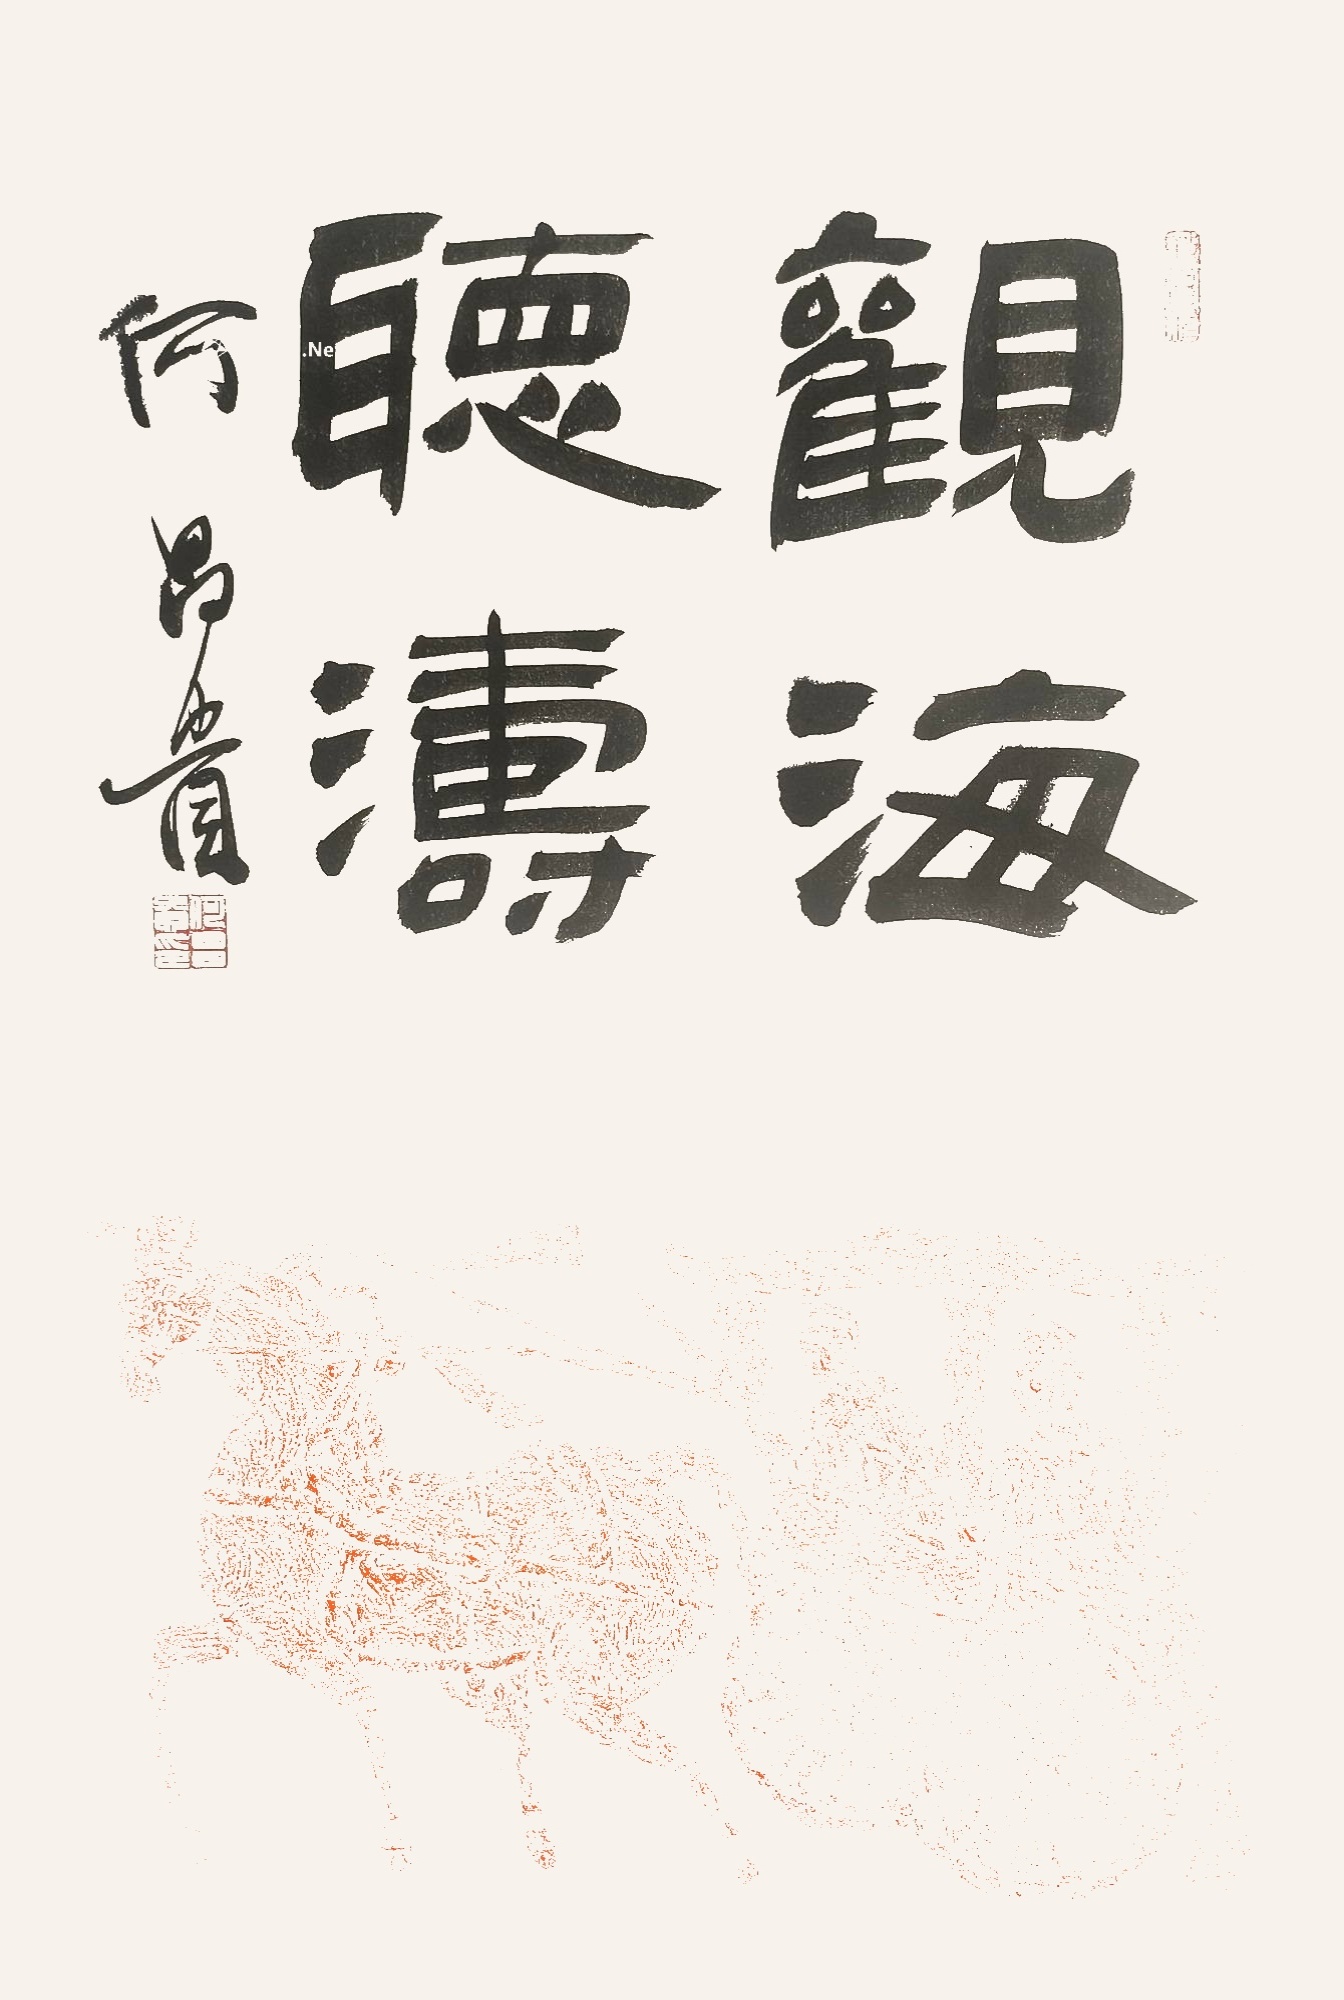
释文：观海听涛何昌贵